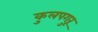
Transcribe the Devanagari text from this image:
कुलपगुरू